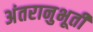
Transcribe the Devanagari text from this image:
अंतरानुभूती